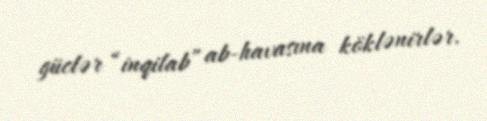
güclər “inqilab” ab-havasına köklənirlər.